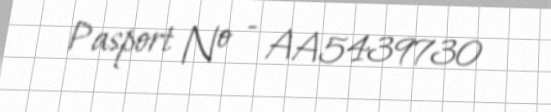
Pasport № - AA5439730